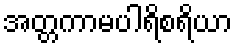
အတ္တကာမပါရိစရိယာ